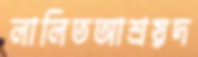
লালিতআশ্রয়দ